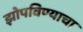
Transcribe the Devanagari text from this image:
झोपविण्याचा